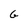
Character: G